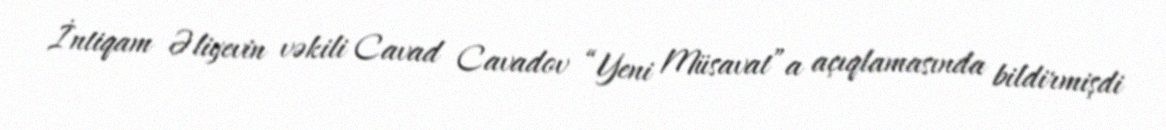
İntiqam Əliyevin vəkili Cavad Cavadov “Yeni Müsavat”a açıqlamasında bildirmişdi